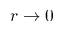
r \to 0